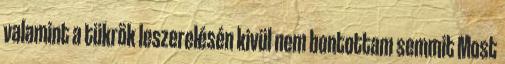
valamint a tükrök leszerelésén kivül nem bontottam semmit Most